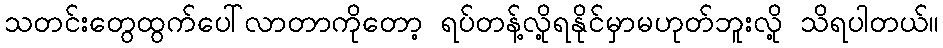
သတင်းတွေထွက်ပေါ်လာတာကိုတော့ ရပ်တန့်လို့ရနိုင်မှာမဟုတ်ဘူးလို့ သိရပါတယ်။